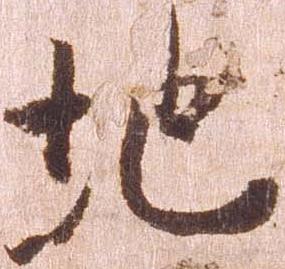
地